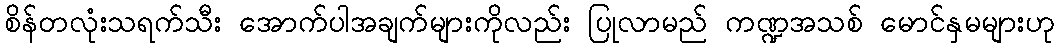
စိန်တလုံးသရက်သီး အောက်ပါအချက်များကိုလည်း ပြုလာမည် ကဏ္ဍအသစ် မောင်နှမများဟု